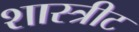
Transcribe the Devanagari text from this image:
शास्त्रीट